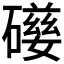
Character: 𥖃